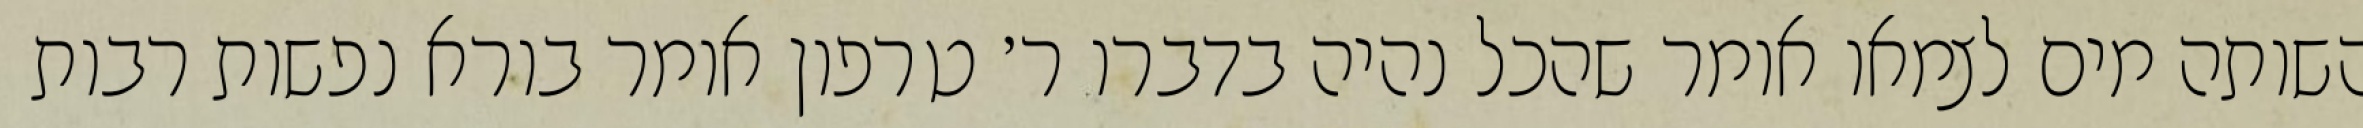
השותה מים לצמאו אומר שהכל נהיה בדברו ר׳ טרפון אומר בורא נפשות רבות